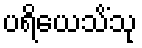
ပရိယေသိံသု